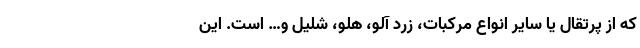
که از پرتقال یا سایر انواع مرکبات، زرد آلو، هلو، شلیل و… است. این